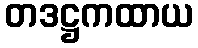
တဒဋ္ဌကထာယ